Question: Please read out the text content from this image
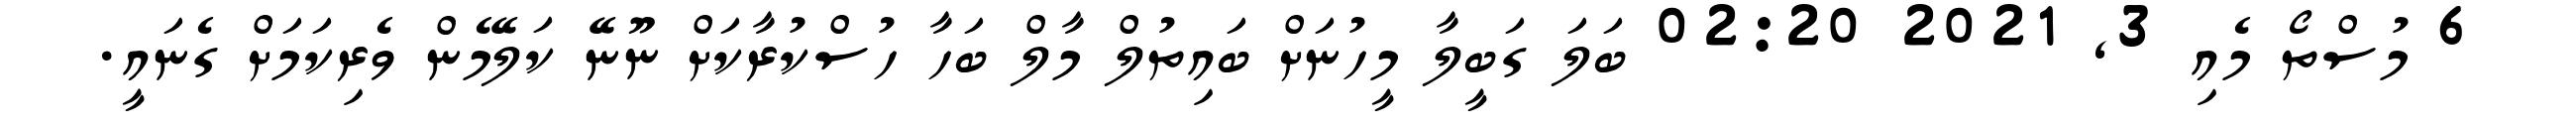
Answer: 6 މުސްތޯ މެއި 3, 2021 02:20 ބަލަ ގަބީލާ މީހުނަށް ބައިތުލް މާލް ބަހާ ހުސްކުރާކަށް ނޫނޭ ކަލޭމެން ވެރިކަމަށް ގެނައީ.